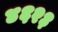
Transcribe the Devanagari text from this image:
४६२३